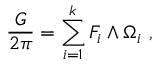
{ \frac { G } { 2 \pi } } = \sum _ { i = 1 } ^ { k } F _ { i } \wedge \Omega _ { i } \ ,